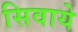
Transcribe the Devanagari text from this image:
सिवाये